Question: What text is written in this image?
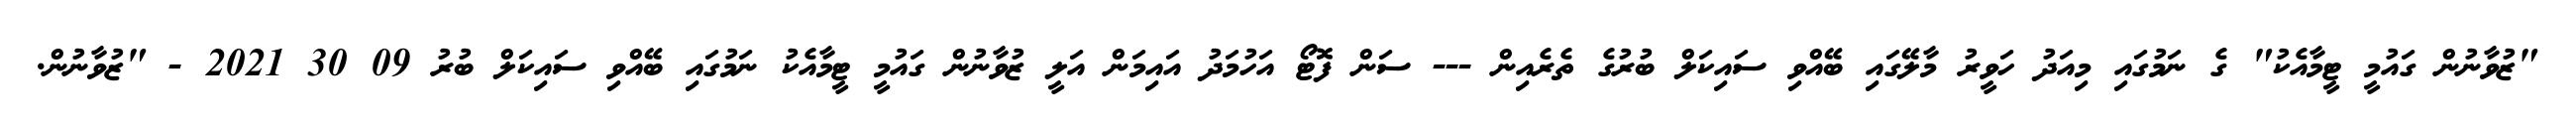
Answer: "ޒުވާނުން ގައުމީ ޓީމާއެކު" ގެ ނަމުގައި މިއަދު ހަވީރު މާލޭގައި ބޭއްވި ސައިކަލް ބުރުގެ ތެރެއިން --- ސަން ފޮޓޯ އަހުމަދު އައިމަން އަލީ ޒުވާނުން ގައުމީ ޓީމާއެކު ނަމުގައި ބޭއްވި ސައިކަލް ބުރު 09 30 2021 - "ޒުވާނުން.